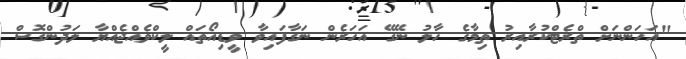
"އަހަންނަށް ތްރެޓްކުރާއިރު ތިމާގެ ހާލު ނޭގޭ އަހަރެން ނަގާފައިވާ ވީޑިއޯތައް ލީކްވެއްޖެއްޔާ ލަދުންގޮސް